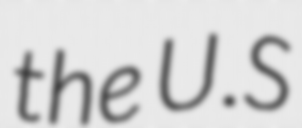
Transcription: the U.S